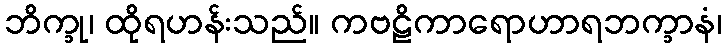
ဘိက္ခု၊ ထိုရဟန်းသည်။ ကဗဠိကာရောဟာရဘက္ခာနံ၊